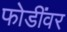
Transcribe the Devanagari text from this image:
फोडींवर